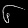
Digit: ၆